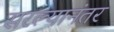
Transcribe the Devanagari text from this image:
सरल्यानंतर